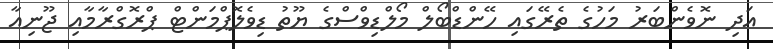
އަދި ނޮވެންބަރު މަހުގެ ތެރޭގައި ހޭންޑްބޯލް މޯލްޑިވްސްގެ ޔޫތު ޑިވެލޮޕްމަންޓް ޕްރޮގްރާމާއި ޖޫނިއާ